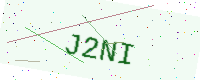
Text: J2NI